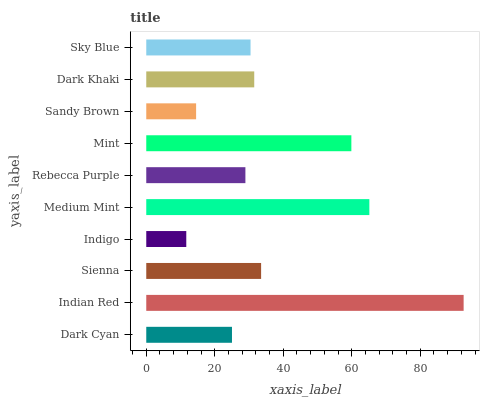
| yaxis_label | bars |
 | --- | --- |
 | Dark Cyan | 25 |
 | Indian Red | 92.7 |
 | Sienna | 33.5 |
 | Indigo | 11.7 |
 | Medium Mint | 65.1 |
 | Rebecca Purple | 28.9 |
 | Mint | 59.9 |
 | Sandy Brown | 14.6 |
 | Dark Khaki | 31.5 |
 | Sky Blue | 30.5 |